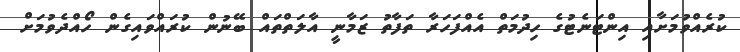
ކުރެއްވުމަށާއި އިންޓަނެޓުގެ ހިދުމަތް އެއްފަހަރާ ތަފާތު ޒަމާނީ އާލަތްތައް ބޭނުން ކުރައްވައިގެން ހޯއްދެވުމަށް